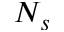
N _ { s }